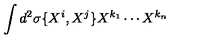
\int d ^ { 2 } \sigma \{ X ^ { i } , X ^ { j } \} X ^ { k _ { 1 } } \cdots X ^ { k _ { n } }